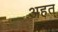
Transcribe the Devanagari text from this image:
अहत्